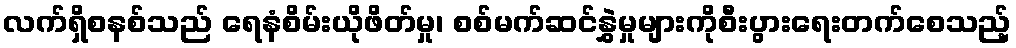
လက်ရှိစနစ်သည် ရေနံစိမ်းယိုဖိတ်မှု၊ စစ်မက်ဆင်နွှဲမှုများကိုစီးပွားရေးတက်စေသည့်